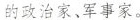
的政治家、军事家。